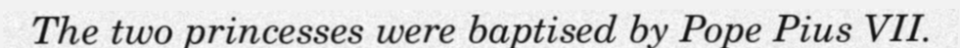
The two princesses were baptised by Pope Pius VII.